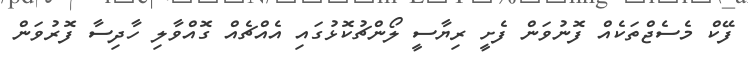
ފޭކް މެސެޖްތަކެއް ފޮނުވަން ފެށީ ރިޔާސީ ލޯންޗުކޮޅުގައި އެއްޗެއް ގޮއްވާލި ހާދިސާ ފޮރުވަން